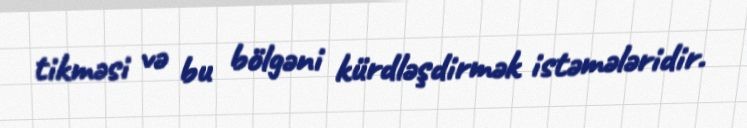
tikməsi və bu bölgəni kürdləşdirmək istəmələridir.